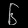
Digit: ၆